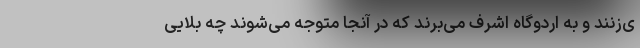
ی‌زنند و به اردوگاه اشرف می‌برند که در آنجا متوجه می‌شوند چه بلایی